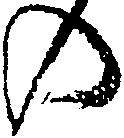
の